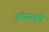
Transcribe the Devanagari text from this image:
अंधाराचे